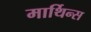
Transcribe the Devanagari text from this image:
मार्थिन्स